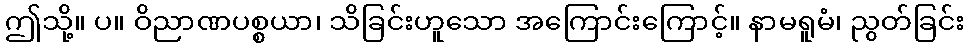
ဤသို့။ ပ။ ဝိညာဏပစ္စယာ၊ သိခြင်းဟူသော အကြောင်းကြောင့်။ နာမရူမံ၊ ညွတ်ခြင်း